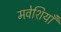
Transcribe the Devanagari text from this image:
मवेशियाँ